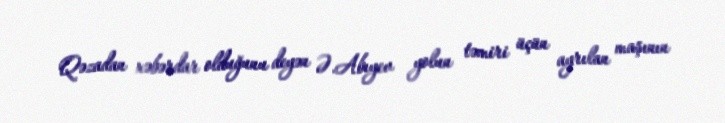
Qəzadan xəbərdar olduğunu deyən Ə.Abıyev yolun təmiri üçün ayrılan maşının